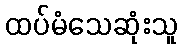
ထပ်မံသေဆုံးသူ